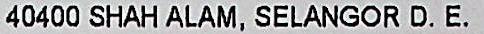
40400 SHAH ALAM, SELANGOR D.E.